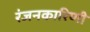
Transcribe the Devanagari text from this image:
रंजनकारिणी